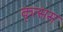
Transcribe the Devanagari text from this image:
कृत्सस